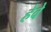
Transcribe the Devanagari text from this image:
हेवे